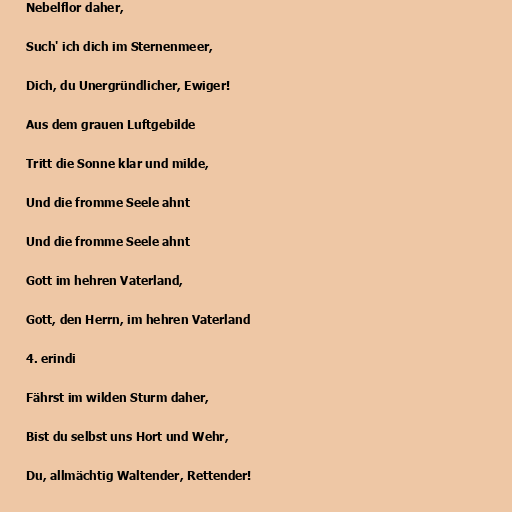
Nebelflor daher,

Such' ich dich im Sternenmeer,

Dich, du Unergründlicher, Ewiger!

Aus dem grauen Luftgebilde

Tritt die Sonne klar und milde,

Und die fromme Seele ahnt

Und die fromme Seele ahnt

Gott im hehren Vaterland,

Gott, den Herrn, im hehren Vaterland

4. erindi

Fährst im wilden Sturm daher,

Bist du selbst uns Hort und Wehr,

Du, allmächtig Waltender, Rettender!